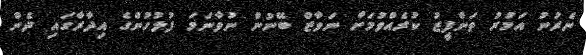
ނެރުނު އަމުރު ތަންފީޒު ކުރެއްވުމަށް ނަވާޒް ބޭނުން ނުވާނަމަ ފުލުހުންގެ އިދާރާގައި ދެން